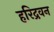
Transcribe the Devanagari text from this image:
हरिद्रवन